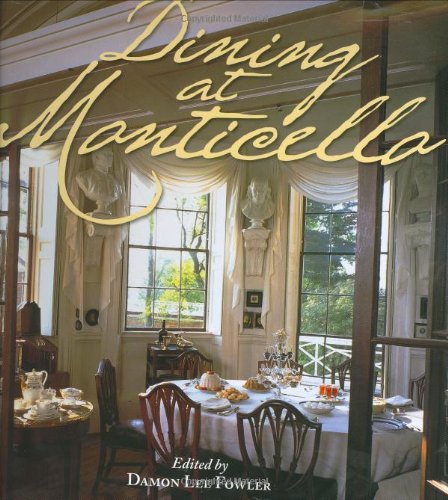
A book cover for Dining at Monticello: In Good Taste and Abundance (Distributed for the Thomas Jefferson Foundation); History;